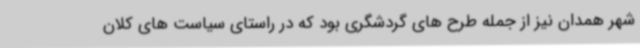
شهر همدان نیز از جمله طرح های گردشگری بود که در راستای سیاست های کلان